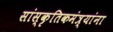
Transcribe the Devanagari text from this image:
सांस्कृतिकमंत्र्यांना